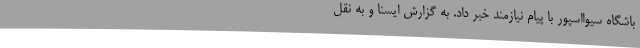
باشگاه سیوااسپور با پیام نیازمند خبر داد. به گزارش ایسنا و به نقل